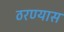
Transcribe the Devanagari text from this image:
ठरण्यास